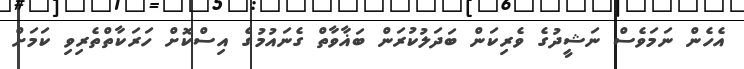
އެހެން ނަމަވެސް ނަޝީދުގެ ވެރިކަން ބަދަލުކުރަން ބަޣާވާތް ގެނައުމުގެ އިސްކޮށް ހަރަކާތްތެރިވި ކަމަށް